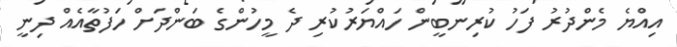
އިއްޔެ މެންދުރު ފަހު ކުރިނބީން ހައްޔަރުކުރި ދެ މީހުންގެ ބަންދަށް ހަފުތާއެއް ދިނީ